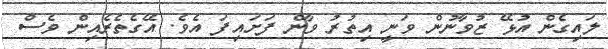
ލައިގެން އުޅޭ ޒުވާނުން ވަނީ އިތުރު ވާން ފަށައިފަ އެވެ. އޭގެތެރެއިން ވެސް